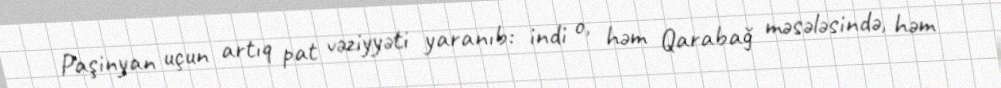
Paşinyan uçun artıq pat vəziyyəti yaranıb: indi o, həm Qarabağ məsələsində, həm